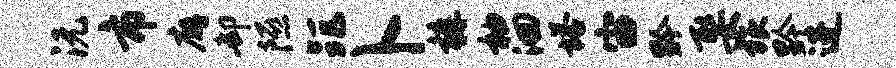
沅市廨却隰距卜裤袖洄塔宙黔娶旅黔进